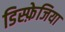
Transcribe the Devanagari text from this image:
डिस्फ़ेजिया